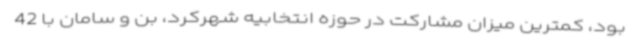
بود، کمترین میزان مشارکت در حوزه انتخابیه شهرکرد، بن و سامان با 42